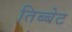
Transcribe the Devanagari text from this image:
तिब्बेट